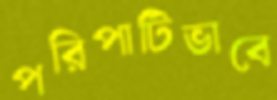
পরিপাটিভাবে